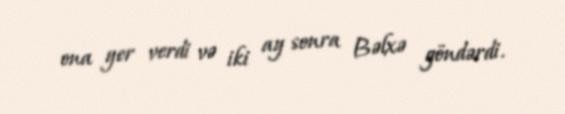
ona yer verdi və iki ay sonra Bəlxə göndərdi.